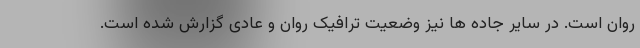
روان است. در سایر جاده ها نیز وضعیت ترافیک روان و عادی گزارش شده است.